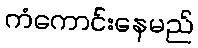
ကံကောင်းနေမည်